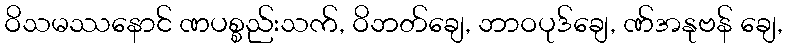
ဝိသမဿနောင် ဏပစ္စည်းသက်, ဝိဘတ်ချေ, ဘာဝပုဒ်ချေ, ဏ်အနုဗန် ချေ,